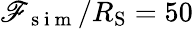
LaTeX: \mathscr{F}_{\mathrm{{~s~i~m~}}}/R_{\mathrm{{S}}}=50